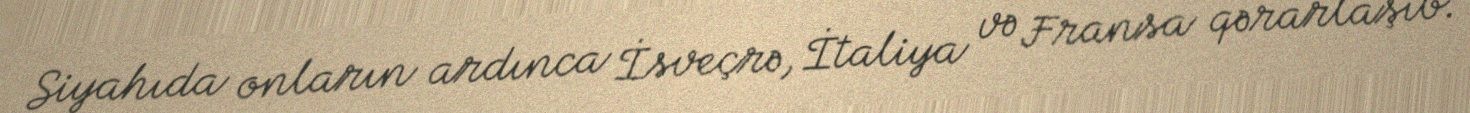
Siyahıda onların ardınca İsveçrə, İtaliya və Fransa qərarlaşıb.